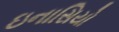
ઇનાસિયો